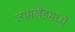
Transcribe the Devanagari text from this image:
जामखेडमध्ये